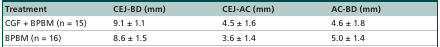
| Treatment | CEJ-BD (mm) | CEJ-AC (mm) | AC-BD (mm) |
 | --- | --- | --- | --- |
 | CGF + BPBM (n = 15) | 9.1 ± 1.1 | 4.5 ± 1.6 | 4.6 ± 1.8 |
 | BPBM (n = 16) | 8.6 ± 1.5 | 3.6 ± 1.4 | 5.0 ± 1.4 |